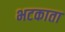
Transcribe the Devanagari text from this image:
भटकाता